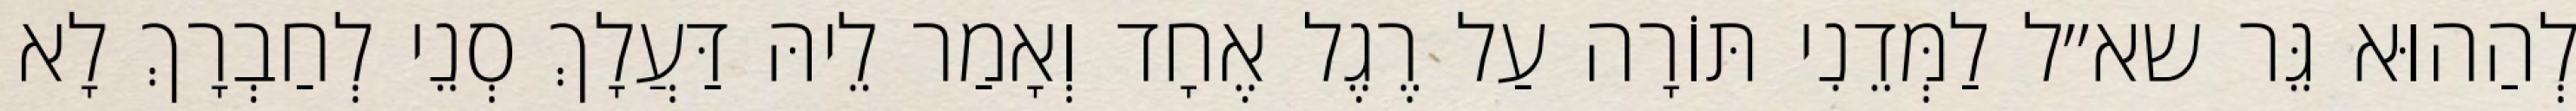
לְהַהוּא גֵּר שא״ל לַמְּדֵנִי תּוֹרָה עַל רֶגֶל אֶחָד וְאָמַר לֵיהּ דַּעֲלָךְ סְנֵי לְחַבְרָךְ לָא